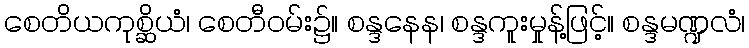
စေတိယကုစ္ဆိယံ၊ စေတီဝမ်း၌။ စန္ဒနေန၊ စန္ဒကူးမှုန့်ဖြင့်။ စန္ဒမဏ္ဍလံ၊